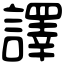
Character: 譯